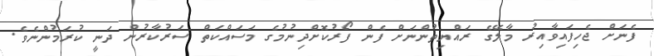
ފެނަށް ޖެހިފައިވާއިރު މާލޭގެ ރައްޔިތުންނަށް ފެން ފޯރުކޮށްދިނުމުގެ މަސައްކަތް ސަރުކާރުން ދަނީ ކުރަމުންނެވެ.